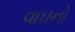
વાઘનો